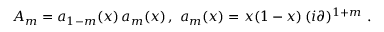
A _ { m } = a _ { 1 - m } ( x ) \, a _ { m } ( x ) \, , \, \, a _ { m } ( x ) = x ( 1 - x ) \, ( i \partial ) ^ { 1 + m } \, \, .